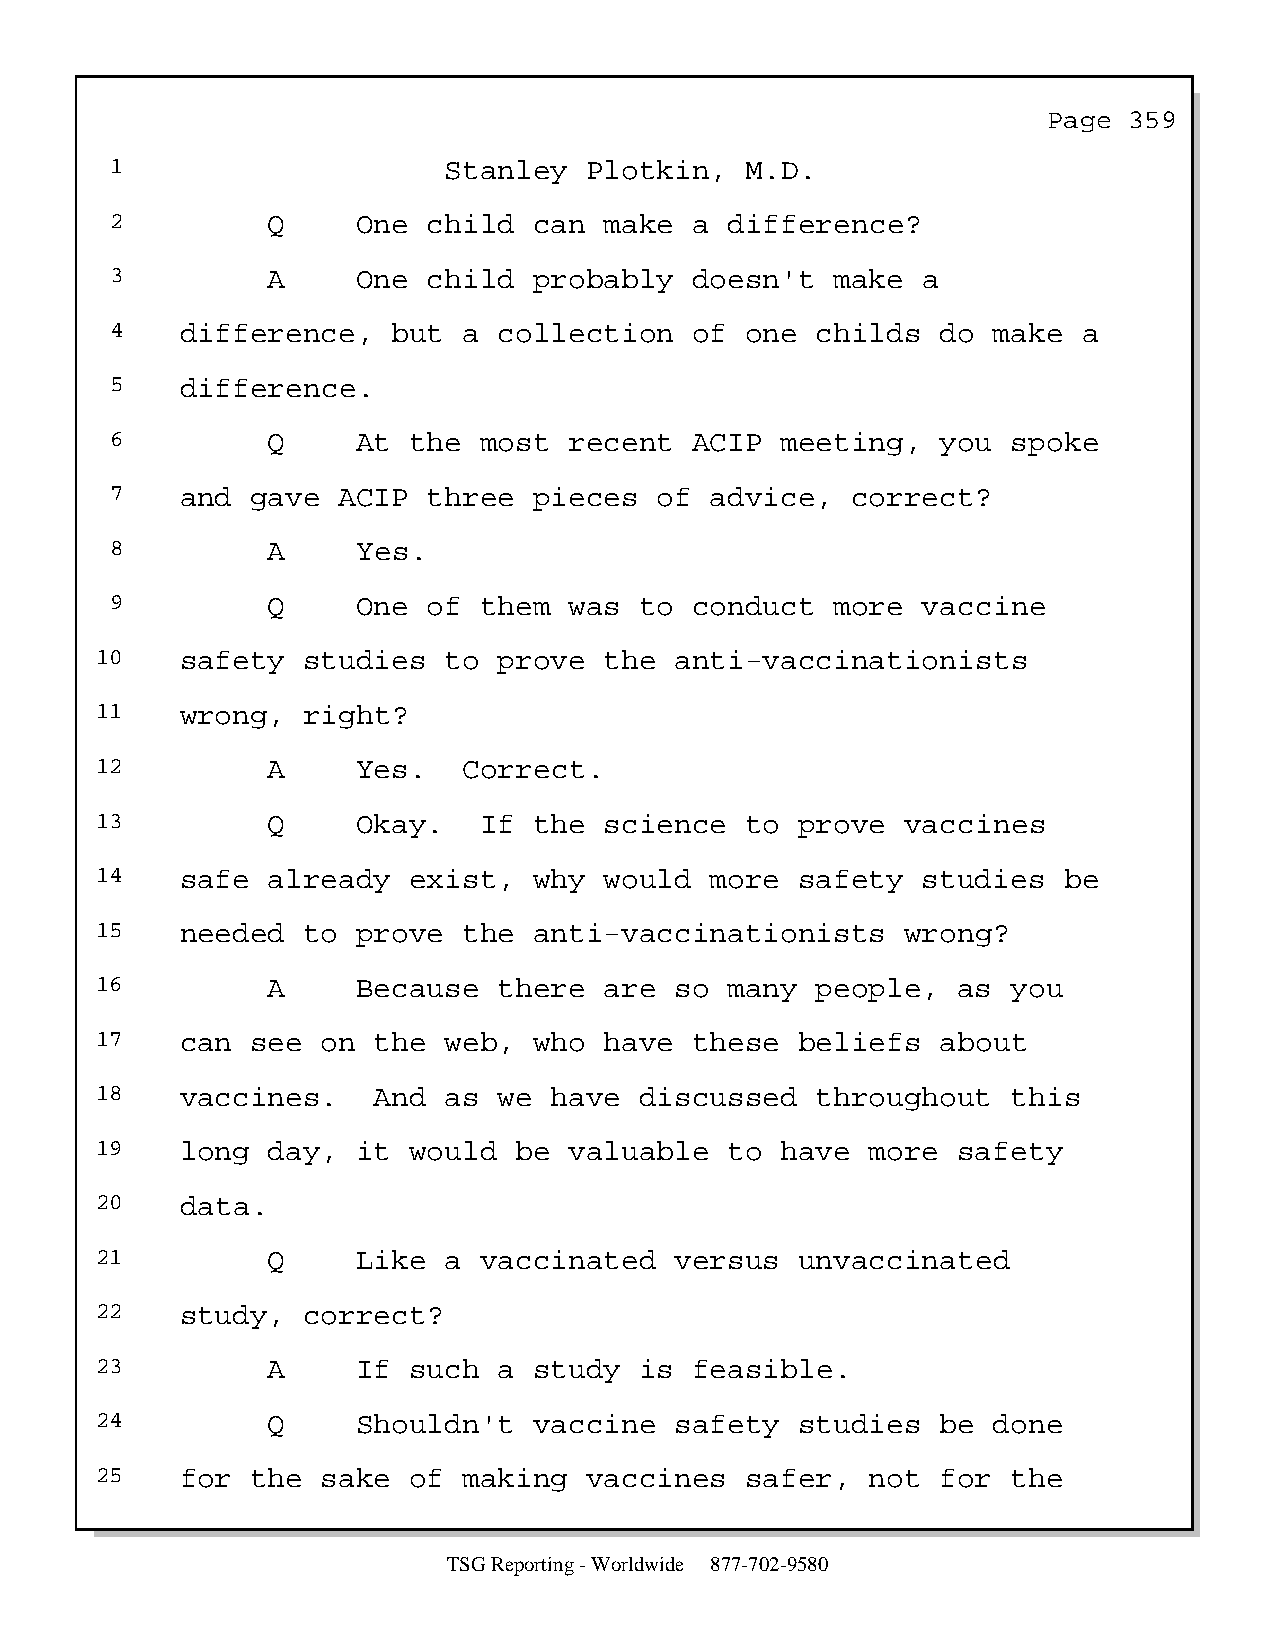
Page  359
 1                     Stanley   Plotkin,  M.D.
 2          Q     One child  can  make  a difference?
 3          A     One child  probably   doesn't  make  a
 4    difference,   but  a collection   of one  childs  do  make  a
 5    difference.
 6          Q     At the  most  recent  ACIP  meeting,  you  spoke
 7    and  gave ACIP  three  pieces   of advice,  correct?
 8          A     Yes.
 9          Q     One of  them  was to  conduct  more  vaccine
 10    safety  studies  to  prove  the  anti-vaccinationists
 11    wrong,  right?
 12          A     Yes.   Correct.
 13          Q     Okay.   If the  science  to  prove  vaccines
 14    safe  already  exist,  why  would  more  safety  studies  be
 15    needed  to  prove  the anti-vaccinationists     wrong?
 16          A     Because  there  are  so many  people,  as  you
 17    can  see on  the web,  who  have  these  beliefs  about
 18    vaccines.    And as  we have  discussed   throughout   this
 19    long  day,  it would  be  valuable  to  have  more safety
 20    data.
 21          Q     Like a  vaccinated   versus  unvaccinated
 22    study,  correct?
 23          A     If such  a study  is  feasible.
 24          Q     Shouldn't  vaccine   safety  studies  be  done
 25    for  the sake  of  making  vaccines  safer,   not for  the
 TSG Reporting - Worldwide 877-702-9580